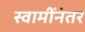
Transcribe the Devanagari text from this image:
स्वामींनंतर